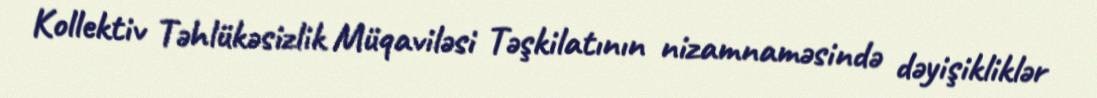
Kollektiv Təhlükəsizlik Müqaviləsi Təşkilatının nizamnaməsində dəyişikliklər